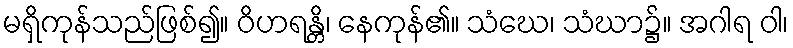
မရှိကုန်သည်ဖြစ်၍။ ဝိဟရန္တိ၊ နေကုန်၏။ သံဃေ၊ သံဃာ၌။ အဂါရ ဝါ၊